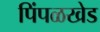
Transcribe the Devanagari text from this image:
पिंपळखेड